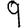
Digit: 9